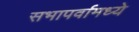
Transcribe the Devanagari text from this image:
सभापर्वामध्ये